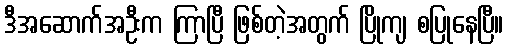
ဒီအဆောက်အဦးက ကြာပြီ ဖြစ်တဲ့အတွက် ပြိုကျ စပြုနေပြီ။